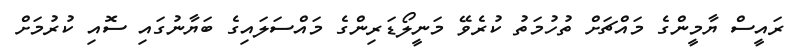
ރައީސް ޔާމީންގެ މައްޗަށް ތުހުމަތު ކުރެވޭ މަނީލޯޑަރިންގެ މައްސަލައިގެ ބަޔާނުގައި ސޮއި ކުރުމަށް